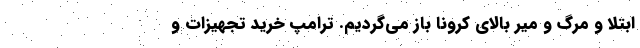
ابتلا و مرگ و میر بالای کرونا باز می‌گردیم. ترامپ خرید تجهیزات و